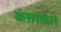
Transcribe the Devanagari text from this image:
कंसाकार